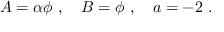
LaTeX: A = \alpha \phi ~ , ~ ~ ~ B = \phi ~ , ~ ~ ~ a = - 2 ~ .